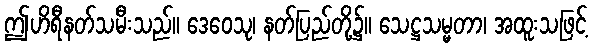
ဤဟိရီနတ်သမီးသည်။ ဒေဝေသု၊ နတ်ပြည်တို့၌။ သေဋ္ဌသမ္မတာ၊ အထူးသဖြင့်